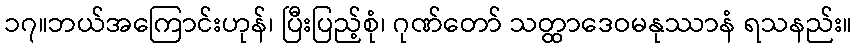
၁၇။ဘယ်အကြောင်းဟုန်၊ ပြီးပြည့်စုံ၊ ဂုဏ်တော် သတ္ထာဒေဝမနုဿာနံ ရသနည်း။